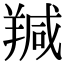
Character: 羬